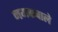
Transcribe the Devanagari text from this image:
नमकवाले